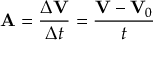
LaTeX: \mathbf { A } = { \frac { \Delta \mathbf { V } } { \Delta t } } = { \frac { \mathbf { V } - \mathbf { V } _ { 0 } } { t } }